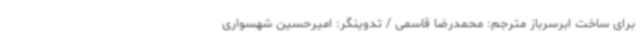
برای ساخت ابرسرباز مترجم: محمدرضا قاسمی / تدوینگر: امیرحسین شهسواری